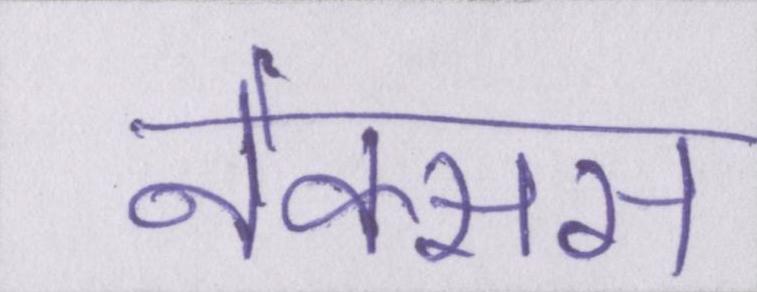
नेक्सस